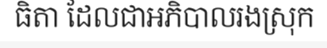
ធិតា ដែលជាអភិបាលរងស្រុក